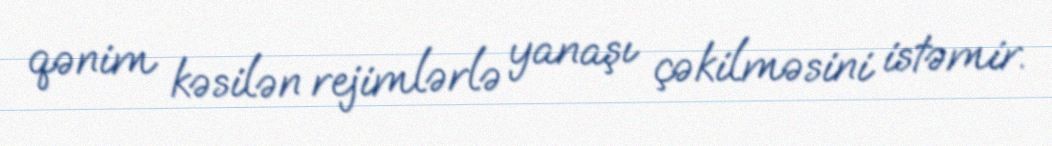
qənim kəsilən rejimlərlə yanaşı çəkilməsini istəmir.